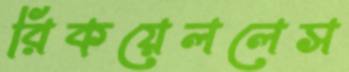
রিকয়েললেস